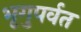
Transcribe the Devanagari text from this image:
भृगुपर्वत